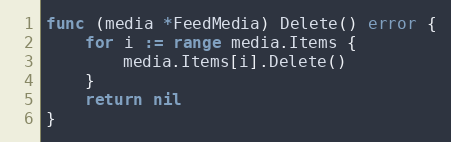
Language: Go
func (media *FeedMedia) Delete() error {
	for i := range media.Items {
		media.Items[i].Delete()
	}
	return nil
}